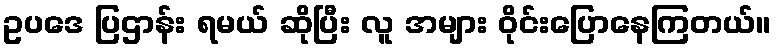
ဥပဒေ ပြဌာန်း ရမယ် ဆိုပြီး လူ အများ ဝိုင်းပြောနေကြတယ်။